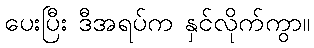
ပေးပြီး ဒီအရပ်က နှင်လိုက်ကွာ။